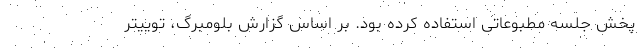
پخش جلسه مطبوعاتی استفاده کرده بود. بر اساس گزارش بلومبرگ، توییتر